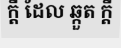
ក្តី ដែល ឆ្កួត ក្តី